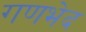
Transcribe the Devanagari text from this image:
गणभेद